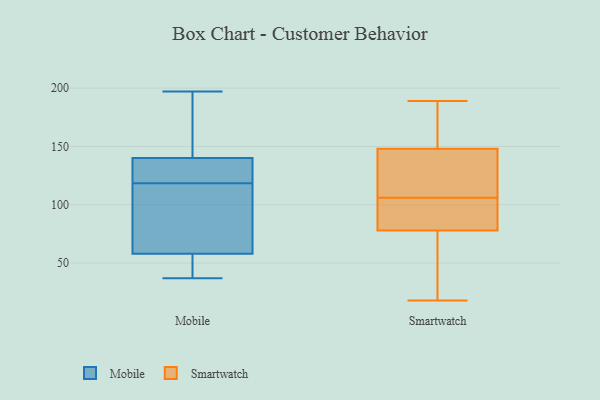
{"axis": {"x": "Inventory Turnover", "y": "Value"}, "legend": ["Mobile", "Smartwatch"], "data": [{"x": "", "y": 67, "type": "Mobile"}, {"x": "", "y": 49, "type": "Mobile"}, {"x": "", "y": 37, "type": "Mobile"}, {"x": "", "y": 43, "type": "Mobile"}, {"x": "", "y": 197, "type": "Mobile"}, {"x": "", "y": 106, "type": "Mobile"}, {"x": "", "y": 137, "type": "Mobile"}, {"x": "", "y": 143, "type": "Mobile"}, {"x": "", "y": 129, "type": "Mobile"}, {"x": "", "y": 181, "type": "Mobile"}, {"x": "", "y": 191, "type": "Mobile"}, {"x": "", "y": 119, "type": "Mobile"}, {"x": "", "y": 108, "type": "Mobile"}, {"x": "", "y": 121, "type": "Mobile"}, {"x": "", "y": 41, "type": "Mobile"}, {"x": "", "y": 118, "type": "Mobile"}, {"x": "", "y": 114, "type": "Smartwatch"}, {"x": "", "y": 155, "type": "Smartwatch"}, {"x": "", "y": 104, "type": "Smartwatch"}, {"x": "", "y": 63, "type": "Smartwatch"}, {"x": "", "y": 189, "type": "Smartwatch"}, {"x": "", "y": 78, "type": "Smartwatch"}, {"x": "", "y": 18, "type": "Smartwatch"}, {"x": "", "y": 92, "type": "Smartwatch"}, {"x": "", "y": 108, "type": "Smartwatch"}, {"x": "", "y": 148, "type": "Smartwatch"}]}